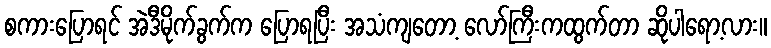
စကားပြောရင် အဲဒီမိုက်ခွက်က ပြောရပြီး အသံကျတော့ လော်ကြီးကထွက်တာ ဆိုပါရော့လား။